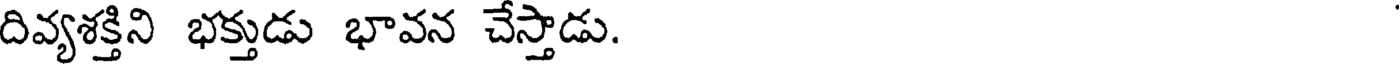
దివ్యశక్తిని భక్తుడు భావన చేస్తాడు.